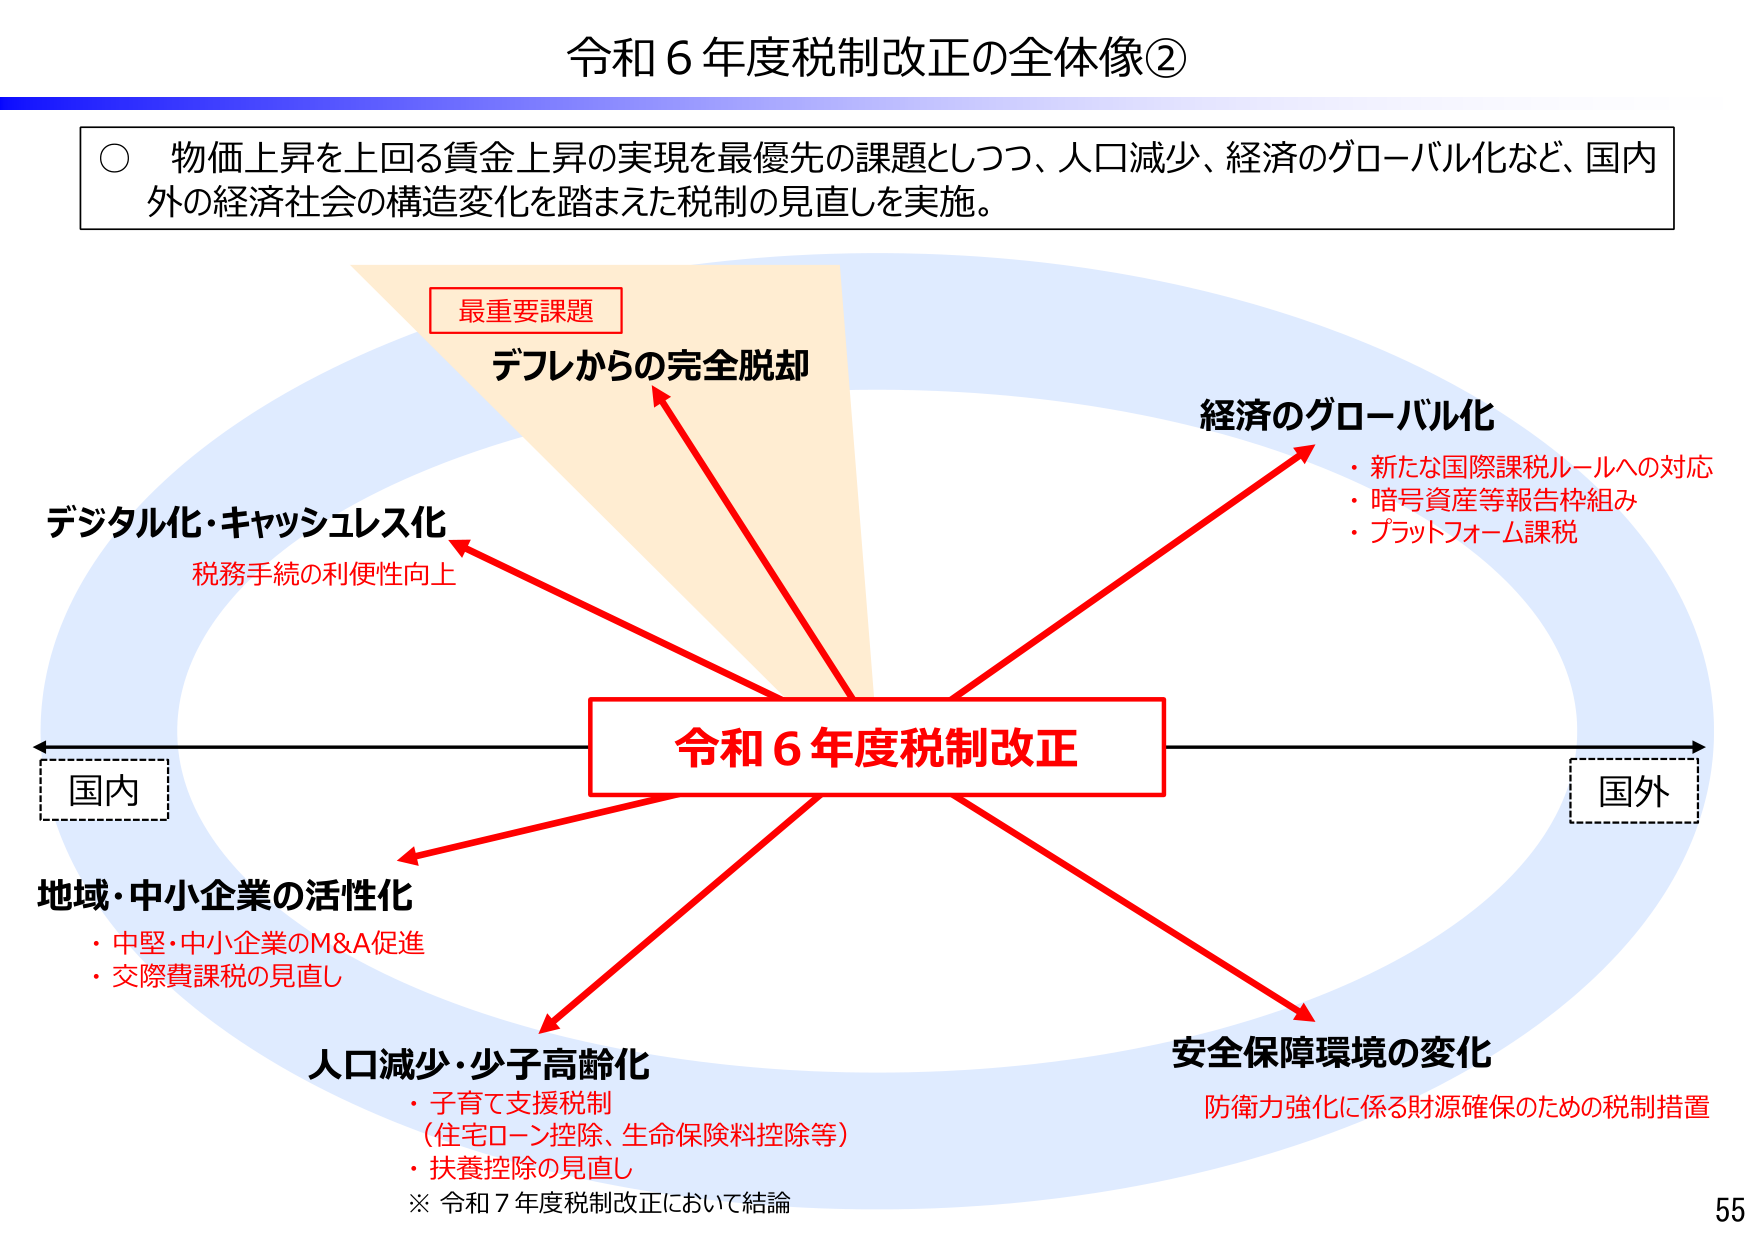
令和６年度税制改正の全体像②

○ 物価上昇を上回る賃金上昇の実現を最優先の課題としつつ、人口減少、経済のグローバル化など、国内外の経済社会の構造変化を踏まえた税制の見直しを実施。

最重要課題
デフレからの完全脱却

デジタル化・キャッシュレス化
税務手続の利便性向上

経済のグローバル化
・新たな国際課税ルールへの対応
・暗号資産等報告枠組み
・プラットフォーム課税

国内

令和６年度税制改正

国外

地域・中小企業の活性化
・中堅・中小企業のM&A促進
・交際費課税の見直し

人口減少・少子高齢化
・子育て支援税制
（住宅ローン控除、生命保険料控除等）
・扶養控除の見直し
※ 令和７年度税制改正において結論

安全保障環境の変化
防衛力強化に係る財源確保のための税制措置

55